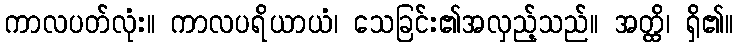
ကာလပတ်လုံး။ ကာလပရိယာယံ၊ သေခြင်း၏အလှည့်သည်။ အတ္ထိ၊ ရှိ၏။